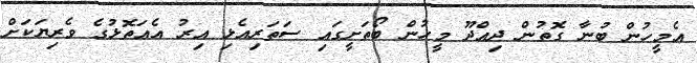
އެމީހުން ބުނާ ގޮތުން ދިއްދޫ މީހުން ބޯތަށީގައި ސަތަރިއެޅި އިރު އެއަތޮޅުގެ ވެރިޔަކަށް